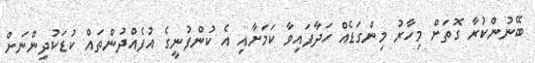
ބޭނުންކުރާ ގޮތަށް މިހާރު މިންގަޑެއް ހަދާފައިވާ ކަމަށާއި އެ ކުންފުނީގެ އުފެއްދުންތައް ކުޑަކުދިންނަށް